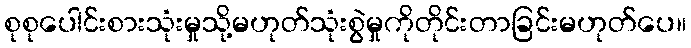
စုစုပေါင်းစားသုံးမှုသို့မဟုတ်သုံးစွဲမှုကိုတိုင်းတာခြင်းမဟုတ်ပေ။